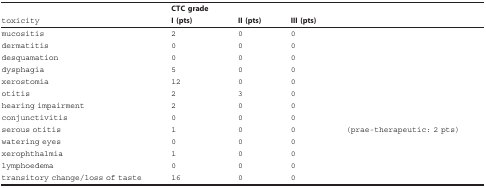
<table><thead><tr><td></td><td><b>CTC grade</b></td><td></td><td></td><td></td></tr><tr><td><b>toxicity</b></td><td><b>I (pts)</b></td><td><b>II (pts)</b></td><td><b>III (pts)</b></td><td></td></tr></thead><tbody><tr><td>mucositis</td><td>2</td><td>0</td><td>0</td><td></td></tr><tr><td>dermatitis</td><td>0</td><td>0</td><td>0</td><td></td></tr><tr><td>desquamation</td><td>0</td><td>0</td><td>0</td><td></td></tr><tr><td>dysphagia</td><td>5</td><td>0</td><td>0</td><td></td></tr><tr><td>xerostomia</td><td>12</td><td>0</td><td>0</td><td></td></tr><tr><td>otitis</td><td>2</td><td>3</td><td>0</td><td></td></tr><tr><td>hearing impairment</td><td>2</td><td>0</td><td>0</td><td></td></tr><tr><td>conjunctivitis</td><td>0</td><td>0</td><td>0</td><td></td></tr><tr><td>serous otitis</td><td>1</td><td>0</td><td>0</td><td>(prae-therapeutic: 2 pts)</td></tr><tr><td>watering eyes</td><td>0</td><td>0</td><td>0</td><td></td></tr><tr><td>xerophthalmia</td><td>1</td><td>0</td><td>0</td><td></td></tr><tr><td>lymphoedema</td><td>0</td><td>0</td><td>0</td><td></td></tr><tr><td>transitory change/loss of taste</td><td>16</td><td>0</td><td>0</td><td></td></tr></tbody></table>